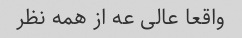
واقعا عالی عه از همه نظر